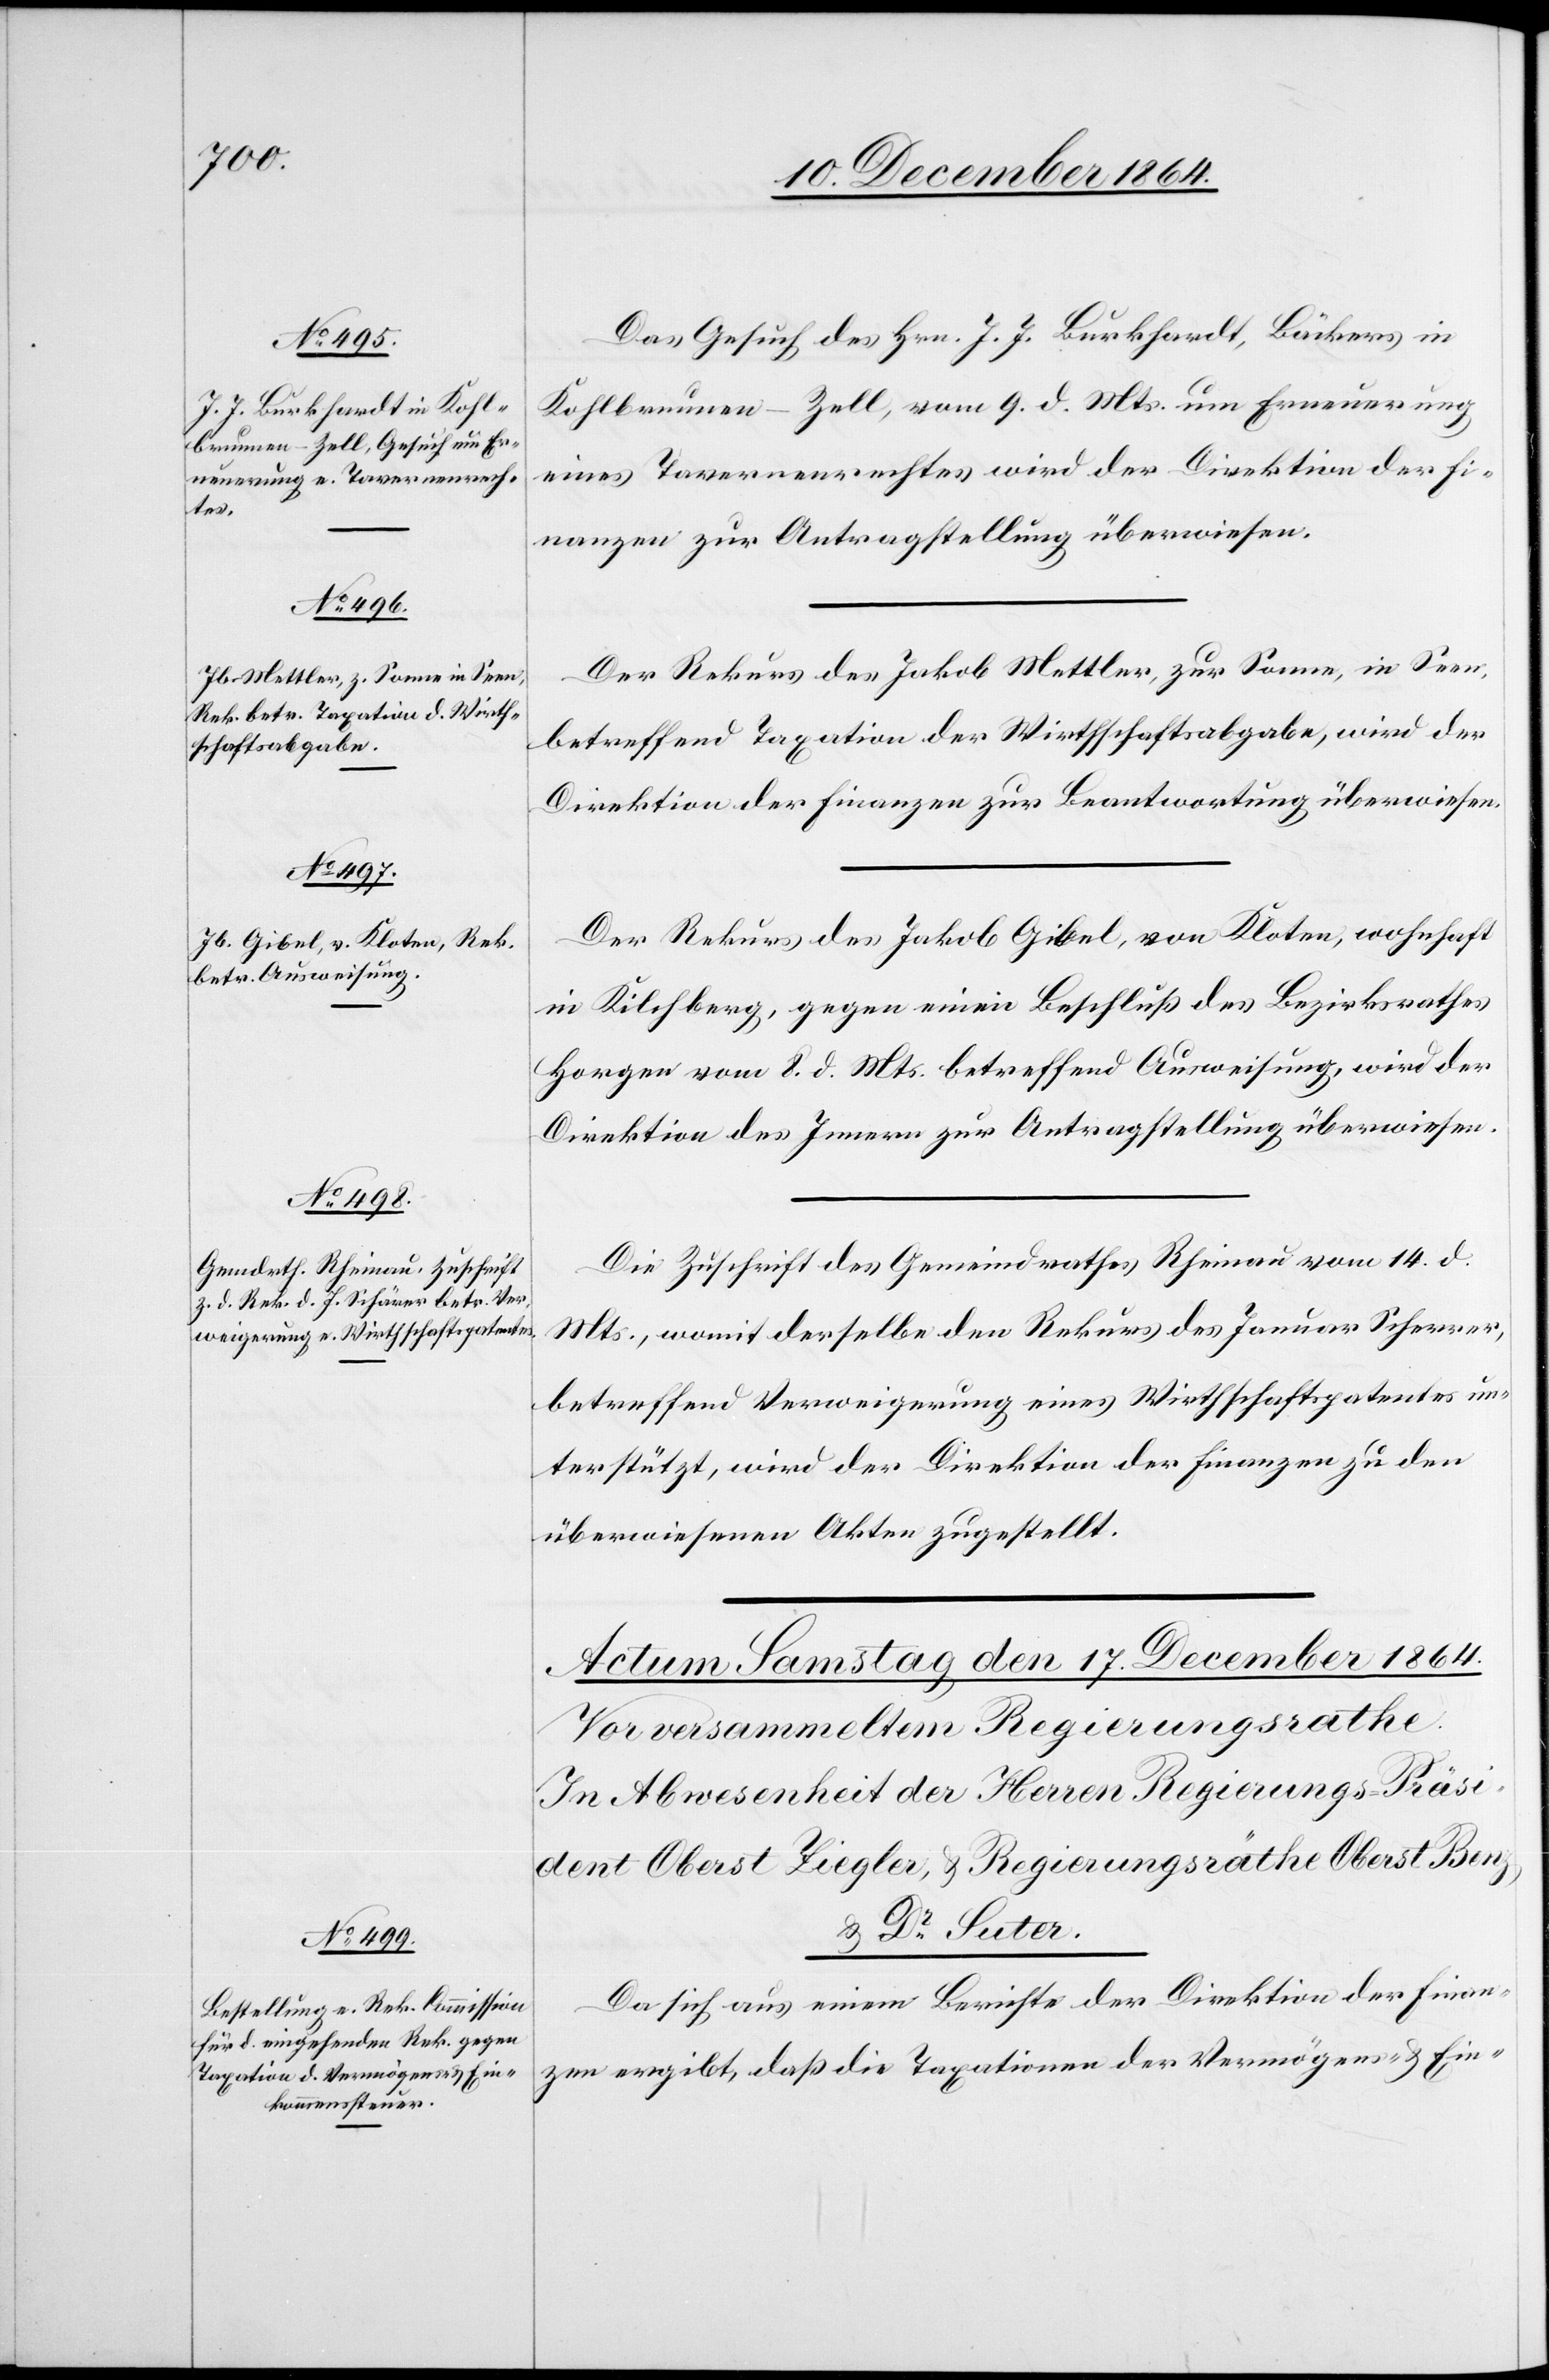
16. December 1864.]
Das Gesuch des Hrn. J. J. Burkhardt, Bäckers in
Kohlbrunnen - Zell, vom 9. d. Mts. um Erneuerung
eines Tavernenrechtes wird der Direktion der Fi¬
nanzen zur Antragstellung überwiesen.
Der Rekurs des Jakob Mettler, zur Sonne, in Seen,
betreffend Taxation der Wirthschaftsabgabe, wird der
Direktion der Finanzen zur Beantwortung überwiesen.
Der Rekurs des Jakob Gibler, von Kloten, wohnhaft
in Kilchberg, gegen einen Beschluß des Bezirksrathes
Horgen vom 8. d. Mts. betreffend Ausweisung, wird der
Direktion des Innern zur Antragstellung überwiesen.
Die Zuschrift des Gemeindrathes Rheinau vom 14. d.
Mts., womit derselbe den Rekurs des Januar Scherrer,
betreffend Verweigerung eines Wirthschaftspatentes un¬
terstützt, wird der Direktion der Finanzen zu den
überwiesenen Akten zugestellt.
Da sich aus einem Berichte der Direktion der Finan¬
zen ergibt, daß die Taxationen der Vermögens- & Ein-